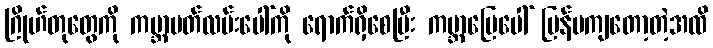
ဂြိုဟ်တုတွေကို ကမ္ဘာပတ်လမ်းပေါ်ကို ရောက်ရှိစေပြီး ကမ္ဘာမြေပေါ် ပြန်မကျတော့တဲ့အထိ